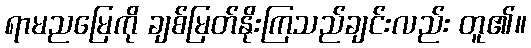
ရာမညမြေကို ချစ်မြတ်နိုးကြသည်ချင်းလည်း တူ၏။